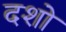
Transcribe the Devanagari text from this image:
दशो